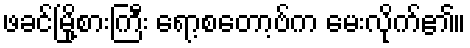
ဖခင်မြို့စားကြီး ရော့စတော့ဗ်က မေးလိုက်၏။